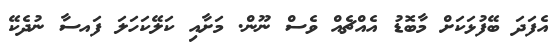
އެފަދަ ބޭފުޅަކަށް މާބޮޑު އެއްޗެއް ވެސް ނޫން. މަށާއި ކަލޭކަހަލަ ފައސާ ނުދެކޭ